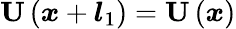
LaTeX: \textbf{U}\left(\boldsymbol{x}+\boldsymbol{l}_{1}\right)=\textbf{U}\left(\boldsymbol{x}\right)